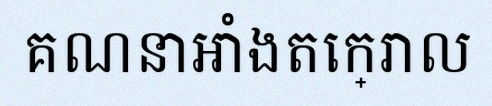
គណនាអាំងតេក្រាល